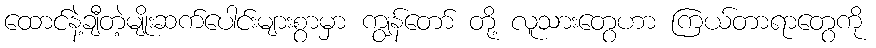
ထောင်နဲ့ချီတဲ့မျိုးဆက်ပေါင်းများစွာမှာ ကျွန်တော် တို့ လူသားတွေဟာ ကြယ်တာရာတွေကို